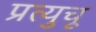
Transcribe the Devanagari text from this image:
प्रत्युचू